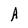
Character: A